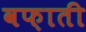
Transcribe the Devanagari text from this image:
वफ़ाती